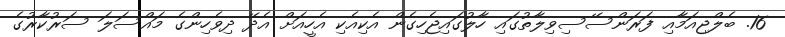
16. ބެލްޖިއަމާއި ފަރަންސޭސިވިލާތުގައި ހާލުގައިޖެހިގެން އެކިއެކި އެހީއަށް އެދޭ ދިވެހިންގެ މައްސަލަ ސަރުކާރުގެ